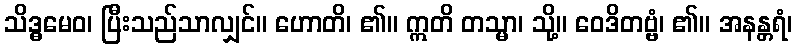
သိဒ္ဓမေဝ၊ ပြီးသည်သာလျှင်။ ဟောတိ၊ ၏။ ဣတိ တသ္မာ၊ သို့။ ဝေဒိတဗ္ဗံ၊ ၏။ အနန္တရံ၊